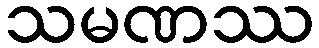
သမဏဿ